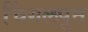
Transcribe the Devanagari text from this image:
चिंगलपूत